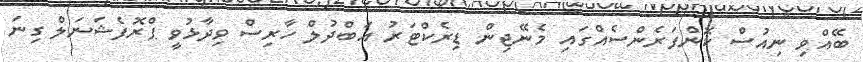
ބޭއްވި ނިއުސް ކޮންފަރެންސެއްގައި މެނޭޖިން ޑިރެކްޓަރު އަބްދުލް ހާރިސް ވިދާޅުވީ ޕްރޮފެޝަނަލް ގިނަ